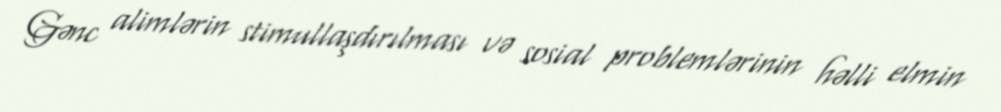
Gənc alimlərin stimullaşdırılması və sosial problemlərinin həlli elmin